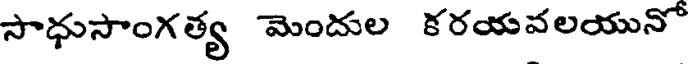
సాధుసాంగత్య మెందుల కరయవలయునో